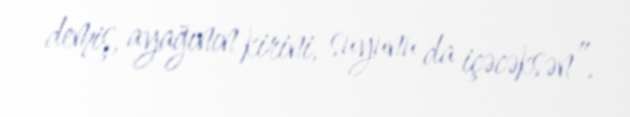
demiş, ayağının kirini, suyunu da içəcəksən”.